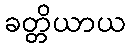
ခတ္တိယာယ